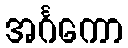
အင်္ဂကော